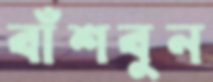
বাঁশবুন